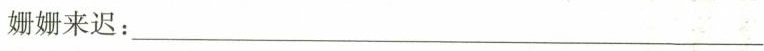
姗姗来迟：___